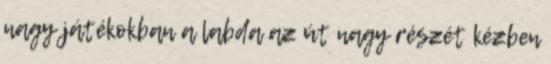
nagy játékokban a labda az út nagy részét kézben